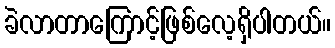
ခဲလာတာကြောင့်ဖြစ်လေ့ရှိပါတယ်။